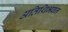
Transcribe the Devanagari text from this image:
अतिथिभबन